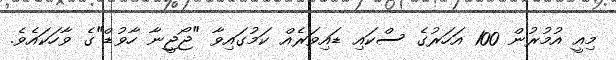
މިއީ އުމުރުން 100 އަހަރުގެ ސްކައި ޑައިވަރެއް ކަމުގައިވާ "ޖޯޖީނާ ހާވުޑް"ގެ ވާހަކައެވެ.